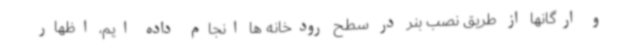
و ارگانها از طریق نصب بنر در سطح رودخانه ها انجام داده ایم، اظهار